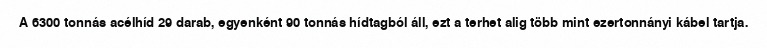
A 6300 tonnás acélhíd 29 darab, egyenként 90 tonnás hídtagból áll, ezt a terhet alig több mint ezertonnányi kábel tartja.